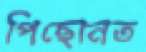
পিছোনত